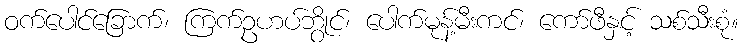
ဝက်ပေါင်ခြောက်၊ ကြက်ဥဟပ်ဘွိုင်၊ ပေါက်မုန့်မီးကင်၊ ကော်ဖီနှင့် သစ်သီးစုံ။